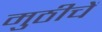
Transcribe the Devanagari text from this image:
मुठीचें